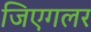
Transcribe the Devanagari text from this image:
जिएगलर